Malaria in India - Number 2
Disease focus: Malaria
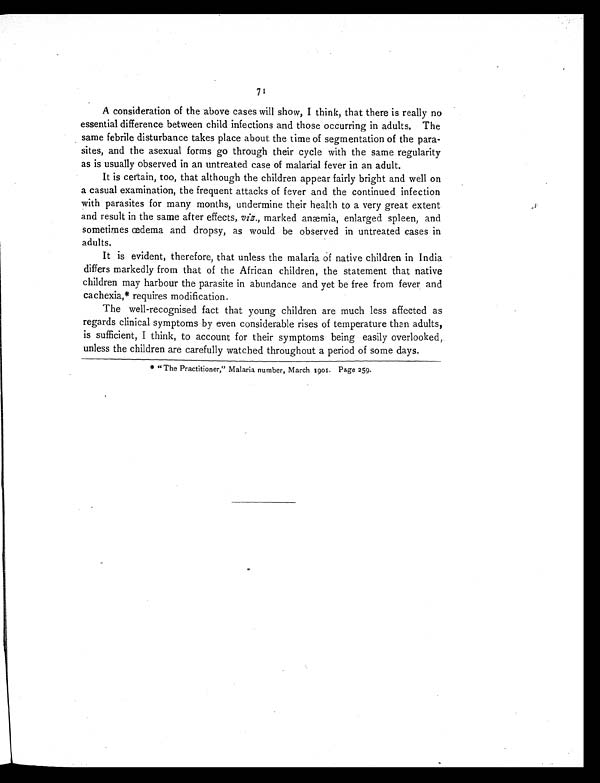
71
A consideration of the above cases will show, I think, that there is really no
essential difference between child infections and those occurring in adults. The
same febrile disturbance takes place about the time of segmentation of the para-
sites, and the asexual forms go through their cycle with the same regularity
as is usually observed in an untreated case of malarial fever in an adult.
It is certain, too, that although the children appear fairly bright and well on
a casual examination, the frequent attacks of fever and the continued infection
with parasites for many months, undermine their health to a very great extent
and result in the same after effects, viz., marked anæmia, enlarged spleen, and
sometimes œdema and dropsy, as would be observed in untreated cases in
adults.
It is evident, therefore, that unless the malaria of native children in India
differs markedly from that of the African children, the statement that native
children may harbour the parasite in abundance and yet be free from fever and
cachexia,* requires modification.
The well-recognised fact that young children are much less affected as
regards clinical symptoms by even considerable rises of temperature than adults,
is sufficient, I think, to account for their symptoms being easily overlooked,.
unless the children are carefully watched throughout a period of some days.
* " The Practitioner," Malaria number, March 1901. Page 259.